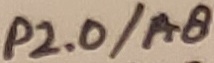
Text: P2.0/A8